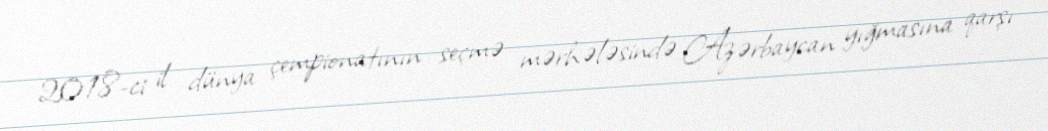
2018-ci il dünya çempionatının seçmə mərhələsində Azərbaycan yığmasına qarşı